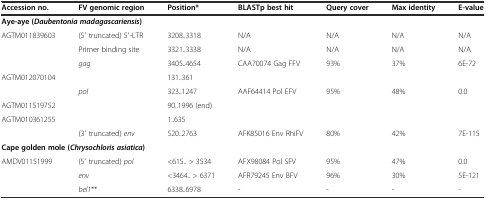
<table><thead><tr><td><b>Accession no.</b></td><td><b>FV genomic region</b></td><td><b>Position*</b></td><td><b>BLASTp best hit</b></td><td><b>Query cover</b></td><td><b>Max identity</b></td><td><b>E-value</b></td></tr></thead><tbody><tr><td colspan="7"><b>Aye-aye (</b><b><i>Daubentonia madagascariensis</i></b><b>)</b></td></tr><tr><td rowspan="3">AGTM011839603</td><td>(5′ truncated) 5′-LTR</td><td>3208..3318</td><td>N/A</td><td>N/A</td><td>N/A</td><td>N/A</td></tr><tr><td>Primer binding site</td><td>3321..3338</td><td>N/A</td><td>N/A</td><td>N/A</td><td>N/A</td></tr><tr><td rowspan="2"><i>gag</i></td><td>3405..4654</td><td rowspan="2">CAA70074 Gag FFV</td><td rowspan="2">93%</td><td rowspan="2">37%</td><td rowspan="2">6E-72</td></tr><tr><td>AGTM012070104</td><td>131..361</td></tr><tr><td></td><td rowspan="3"><i>pol</i></td><td>323..1247</td><td rowspan="3">AAF64414 Pol EFV</td><td rowspan="3">95%</td><td rowspan="3">48%</td><td rowspan="3">0.0</td></tr><tr><td>AGTM011519752</td><td>90..1996 (end)</td></tr><tr><td rowspan="2">AGTM010361255</td><td>1..635</td></tr><tr><td>(3′ truncated) <i>env</i></td><td>520..2763</td><td>AFK85016 Env RhiFV</td><td>80%</td><td>42%</td><td>7E-115</td></tr><tr><td colspan="7"><b>Cape golden mole (</b><b><i>Chrysochloris asiatica</i></b><b>)</b></td></tr><tr><td>AMDV01151999</td><td>(5′ truncated) <i>pol</i></td><td>&lt;615.. &gt; 3534</td><td>AFX98084 Pol SFV</td><td>95%</td><td>47%</td><td>0.0</td></tr><tr><td></td><td><i>env</i></td><td>&lt;3464.. &gt; 6371</td><td>AFR79245 Env BFV</td><td>96%</td><td>30%</td><td>5E-121</td></tr><tr><td></td><td><i>bel1</i>**</td><td>6338..6978</td><td>-</td><td>-</td><td>-</td><td>-</td></tr></tbody></table>